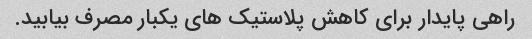
راهی پایدار برای کاهش پلاستیک های یکبار مصرف بیابید.